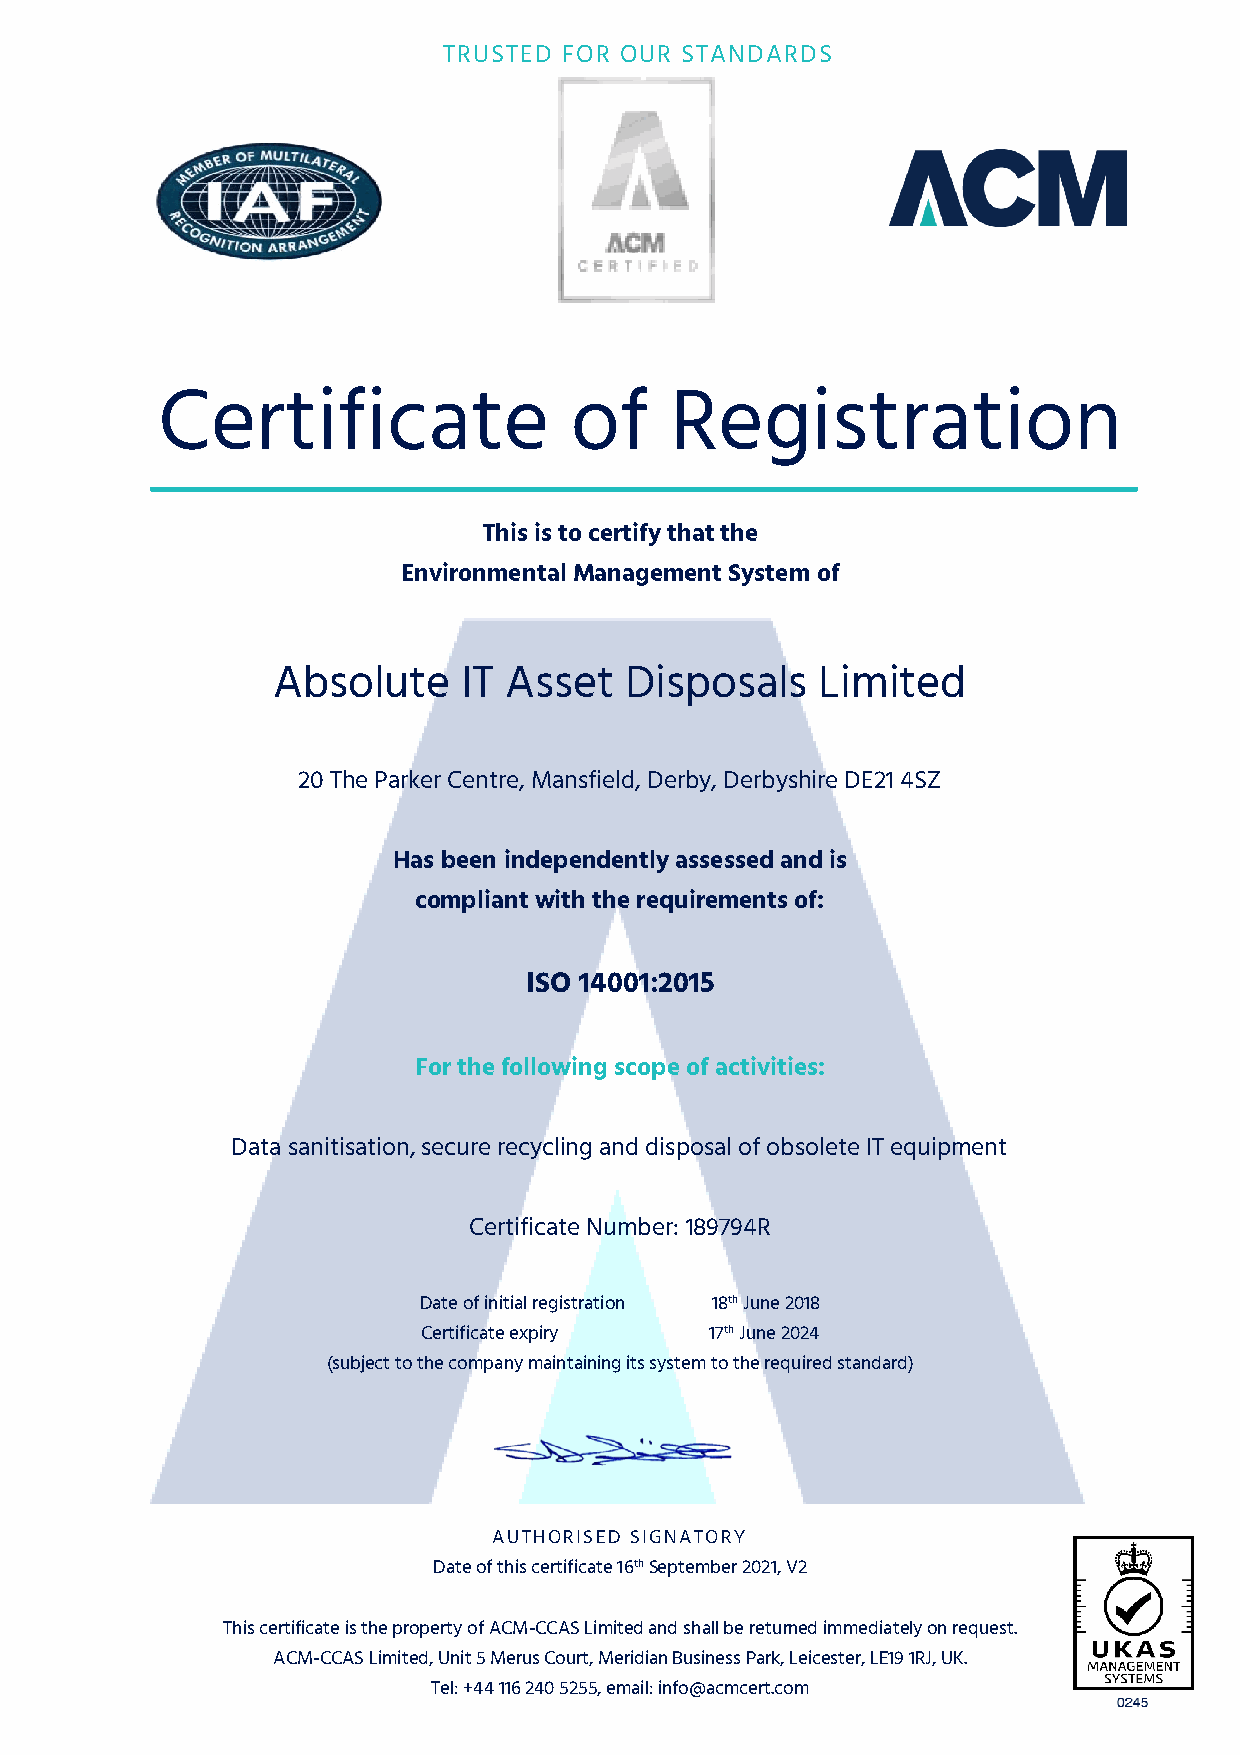
TRUSTED FOR OUR STANDARDS
 Certificate                 of    Registration
 This is to certify that the
 Environmental Management System of
 Absolute     IT Asset  Disposals    Limited
 20 The Parker Centre, Mansfield, Derby, Derbyshire DE21 4SZ
 Has been independently assessed and is
 compliant with the requirements of:
 ISO 14001:2015
 For the following scope of activities:
 Data sanitisation, secure recycling and disposal of obsolete IT equipment
 Certificate Number: 189794R
 Date of initial registration 18th June 2018
 Certificate expiry 17th June 2024
 (subject to the company maintaining its system to the required standard)
 AUTHORISED SIGNATORY
 Date of this certificate 16th September 2021, V2
 This certificate is the property of ACM-CCAS Limited and shall be returned immediately on request.
 ACM-CCAS Limited, Unit 5 Merus Court, Meridian Business Park, Leicester, LE19 1RJ, UK.
 Tel: +44 116 240 5255, email: info@acmcert.com